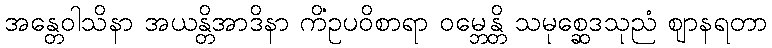
အန္တေဝါသိနာ အယန္တိအာဒိနာ ကိံဥပဝိစာရာ ဝမ္ဘေန္တိ သမုစ္ဆေဒသုညံ ဈာနရတာ